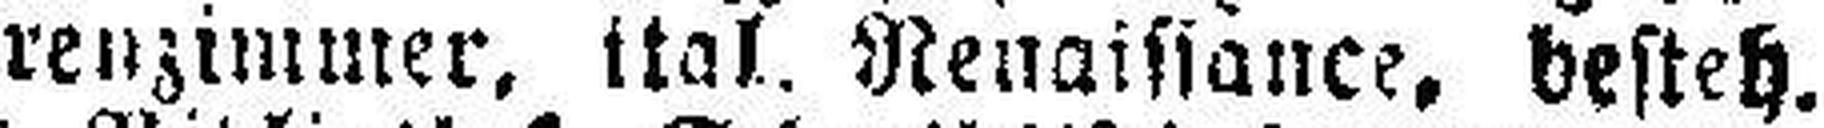
renzimmer, ital. Renaissance, besteh.